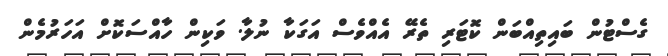
ގެސްޓުން ބައިތިއްބަން ކޮޓަރި ތެރޭ އެއްވެސް އަގަކާ ނުލާ. ވަކިން ހާއްސަކޮށް އަހަރުމެން